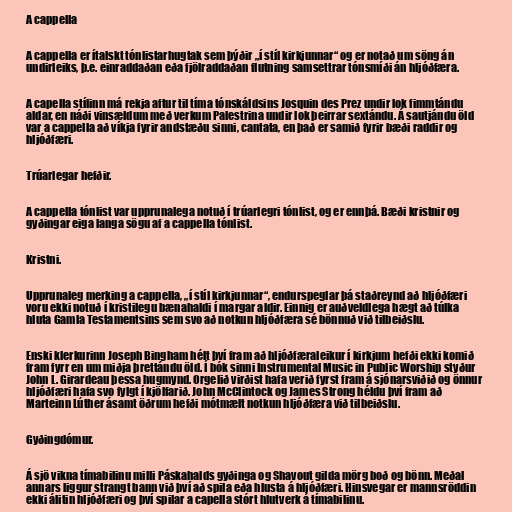
A cappella

A cappella er ítalskt tónlistarhugtak sem þýðir „í stíl kirkjunnar“ og er notað um söng án
undirleiks, þ.e. einraddaðan eða fjölraddaðan flutning samsettrar tónsmíði án hljóðfæra.

A capella stílinn má rekja aftur til tíma tónskáldsins Josquin des Prez undir lok fimmtándu
aldar, en náði vinsældum með verkum Palestrina undir lok þeirrar sextándu. Á sautjándu öld
var a cappella að víkja fyrir andstæðu sinni, cantata, en það er samið fyrir bæði raddir og
hljóðfæri.

Trúarlegar hefðir.

A cappella tónlist var upprunalega notuð í trúarlegri tónlist, og er ennþá. Bæði kristnir og
gyðingar eiga langa sögu af a cappella tónlist.

Kristni.

Upprunaleg merking a cappella, „í stíl kirkjunnar“, endurspeglar þá staðreynd að hljóðfæri
voru ekki notuð í kristilegu bænahaldi í margar aldir. Einnig er auðveldlega hægt að túlka
hluta Gamla Testamentsins sem svo að notkun hljóðfæra sé bönnuð við tilbeiðslu.

Enski klerkurinn Joseph Bingham hélt því fram að hljóðfæraleikur í kirkjum hefði ekki komið
fram fyrr en um miðja þrettándu öld. Í bók sinni Instrumental Music in Public Worship styður
John L. Girardeau þessa hugmynd. Orgelið virðist hafa verið fyrst fram á sjónarsviðið og önnur
hljóðfæri hafa svo fylgt í kjölfarið. John McClintock og James Strong héldu því fram að
Marteinn Lúther ásamt öðrum hefði mótmælt notkun hljóðfæra við tilbeiðslu.

Gyðingdómur.

Á sjö vikna tímabilinu milli Páskahalds gyðinga og Shavout gilda mörg boð og bönn. Meðal
annars liggur strangt bann við því að spila eða hlusta á hljóðfæri. Hinsvegar er mannsröddin
ekki álitin hljóðfæri og því spilar a capella stórt hlutverk á tímabilinu.